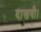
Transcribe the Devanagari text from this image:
दाखवी।